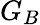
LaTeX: G_{B}